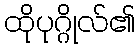
ထိုပုဂ္ဂိုလ်၏